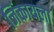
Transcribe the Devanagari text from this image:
जिंकायला